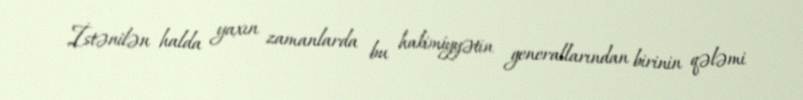
İstənilən halda yaxın zamanlarda bu hakimiyyətin generallarından birinin qələmi